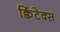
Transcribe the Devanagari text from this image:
क्विंटेक्स